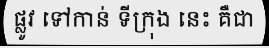
ផ្លូវ ទៅកាន់ ទីក្រុង នេះ គឺជា